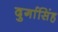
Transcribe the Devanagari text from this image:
दुर्गासिंह